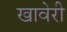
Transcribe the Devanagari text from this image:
खावेरी